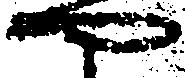
や